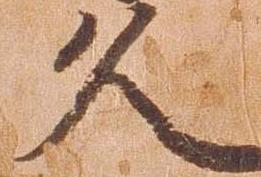
久